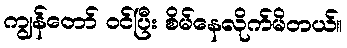
ကျွန်တော် ဝင်ပြီး စိမ်နေလိုက်မိတယ်။